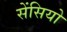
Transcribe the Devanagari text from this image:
सेंसियो